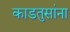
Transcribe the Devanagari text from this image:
काडतुसांना